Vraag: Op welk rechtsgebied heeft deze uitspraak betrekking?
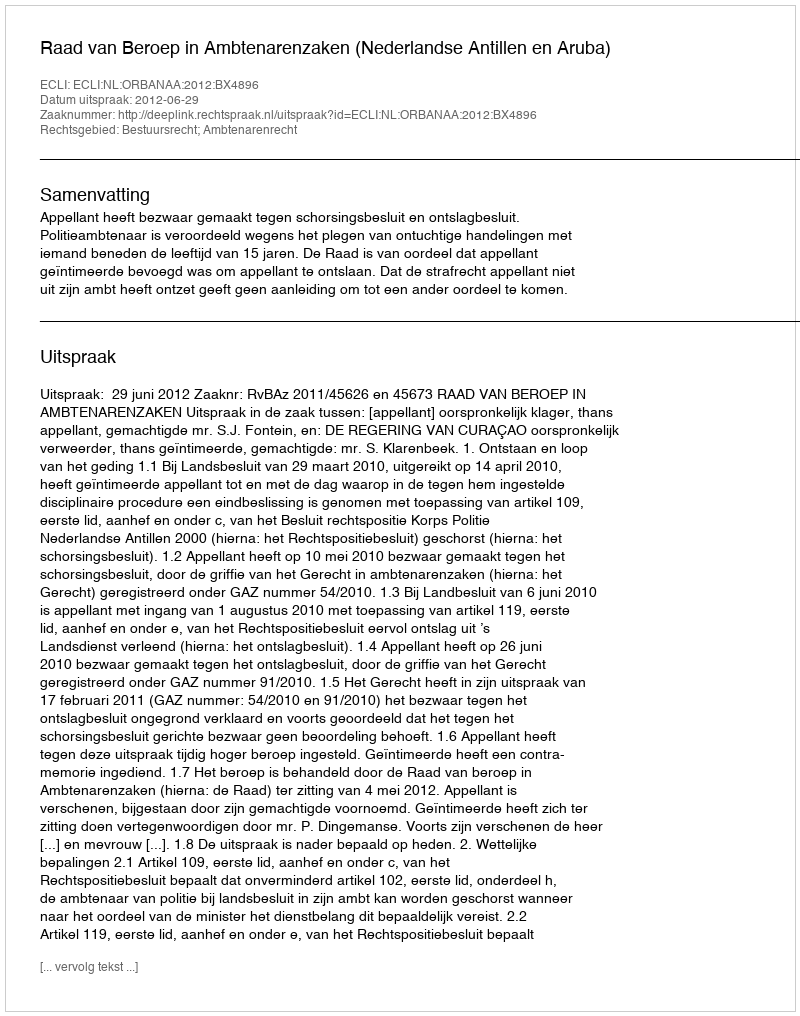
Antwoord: Bestuursrecht; Ambtenarenrecht